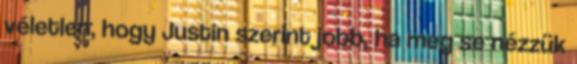
véletlen, hogy Justin szerint jobb, ha meg se nézzük